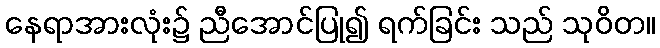
နေရာအားလုံး၌ ညီအောင်ပြု၍ ရက်ခြင်း သည် သုဝိတ။